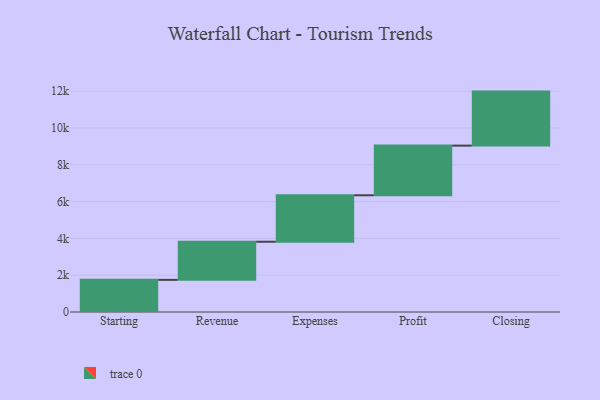
{"axis": {"x": "Step", "y": "Value"}, "legend": [""], "data": [{"x": "Starting", "y": 1746.0, "type": ""}, {"x": "Revenue", "y": 2072.0, "type": ""}, {"x": "Expenses", "y": 2524.0, "type": ""}, {"x": "Profit", "y": 2698.0, "type": ""}, {"x": "Closing", "y": 2935.0, "type": ""}]}